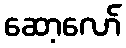
ဆော့လော်